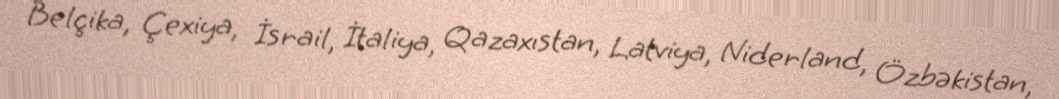
Belçika, Çexiya, İsrail, İtaliya, Qazaxıstan, Latviya, Niderland, Özbəkistan,